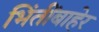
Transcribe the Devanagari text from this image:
भिंतींबाहेर